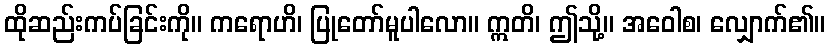
ထိုဆည်းကပ်ခြင်းကို။ ကရောဟိ၊ ပြုတော်မူပါလော။ ဣတိ၊ ဤသို့။ အဝေါစ၊ လျှောက်၏။